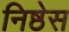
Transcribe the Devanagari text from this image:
निष्ठेस